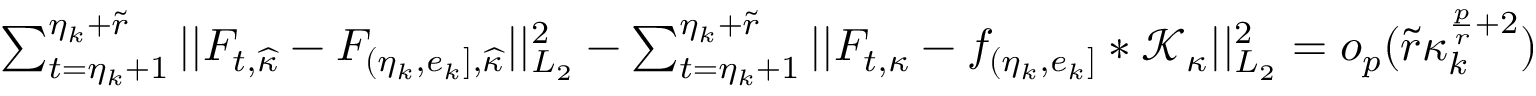
\begin{array} { r } { \sum _ { t = \eta _ { k } + 1 } ^ { \eta _ { k } + \widetilde { r } } \vert \vert F _ { t , \widehat { \kappa } } - F _ { ( \eta _ { k } , e _ { k } ] , \widehat { \kappa } } \vert \vert _ { L _ { 2 } } ^ { 2 } - \sum _ { t = \eta _ { k } + 1 } ^ { \eta _ { k } + \widetilde { r } } \vert \vert F _ { t , \kappa } - f _ { ( \eta _ { k } , e _ { k } ] } \ast \mathcal { K } _ { \kappa } \vert \vert _ { L _ { 2 } } ^ { 2 } = o _ { p } ( \widetilde { r } \kappa _ { k } ^ { \frac { p } { r } + 2 } ) } \end{array}